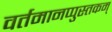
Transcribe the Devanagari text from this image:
वर्तमानप्पुस्तकम्